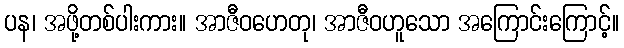
ပန၊ အဖို့တစ်ပါးကား။ အာဇီဝဟေတု၊ အာဇီဝဟူသော အကြောင်းကြောင့်။